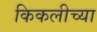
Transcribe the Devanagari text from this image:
किकलीच्या